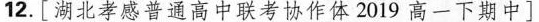
12.[湖北孝感普通高中联考协作体2019高一下期中]